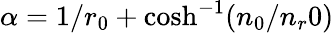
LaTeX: \alpha=1/r_{0}+\cosh^{-1}(n_{0}/n_{r}0)